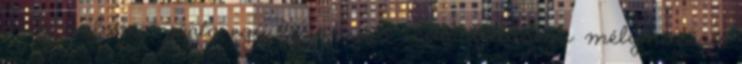
az a szlogen járta egy bizonyos csúti illetőségű mélynövésű